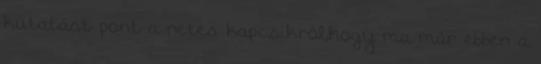
kutatást pont a netes kapcsikról,hogy ma már ebben a